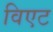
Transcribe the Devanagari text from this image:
विएट